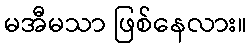
မအီမသာ ဖြစ်နေလား။